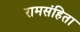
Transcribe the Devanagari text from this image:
रामसंहिता